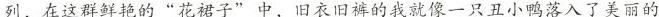
列，在这群鲜艳的”花裙子”中，旧衣旧裤的我就像一只丑小鸭落入了美丽的